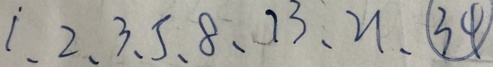
1 、 2 、 3 、 5 、 8 、 1 3 、 2 1 、 \textcircled { 3 4 }